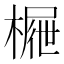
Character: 𣙝